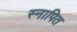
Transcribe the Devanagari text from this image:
स्नापित